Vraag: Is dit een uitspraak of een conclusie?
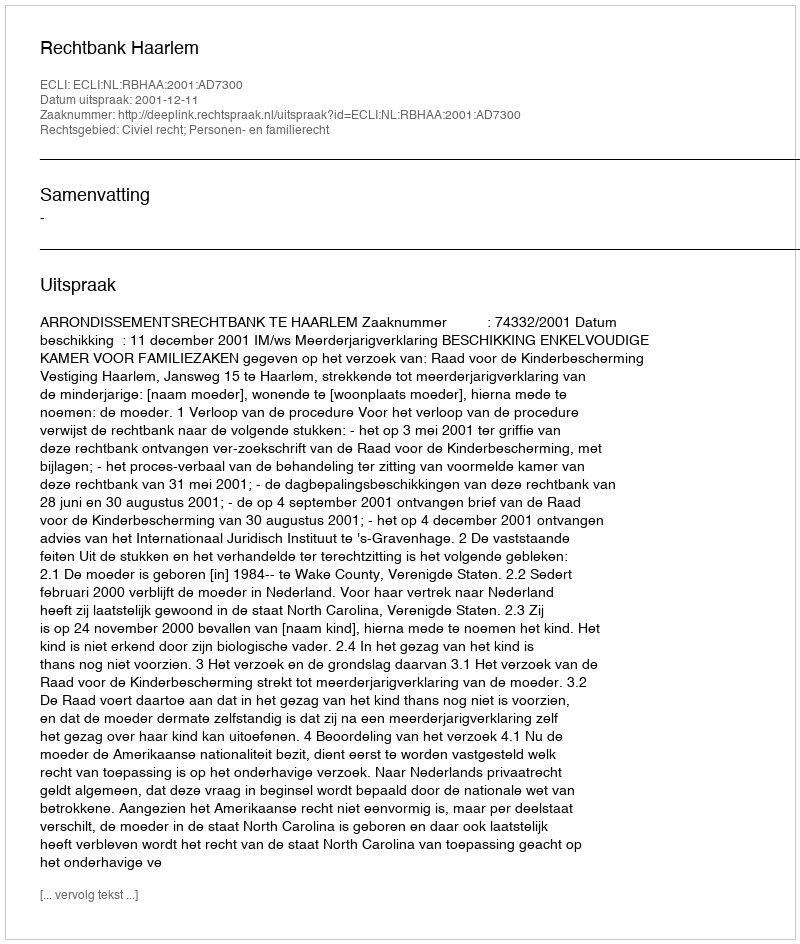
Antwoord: Uitspraak